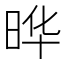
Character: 晔